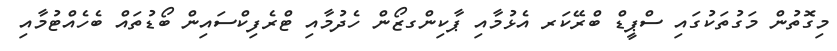
މިގޮތުން މަގުތަކުގައި ސްޕީޑް ބްރޭކަރ އެޅުމާއި ޕާކިންގޒޯން ހެދުމާއި ޓްރެފިކްސައިން ބޯޑުތައް ބެހެއްޓުމާއި